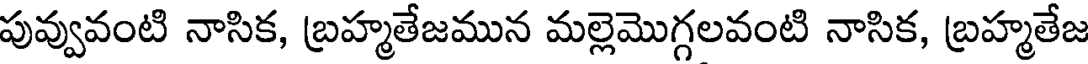
పువ్వువంటి నాసిక, బ్రహ్మతేజమున మల్లెమొగ్గలవంటి నాసిక, బ్రహ్మతేజ